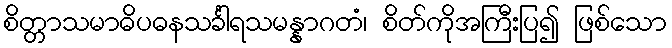
စိတ္တာသမာဓိပဓနသင်္ခါရသမန္နာဂတံ၊ စိတ်ကိုအကြီးပြ၍ ဖြစ်သော